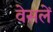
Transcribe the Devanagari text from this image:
वेसलें